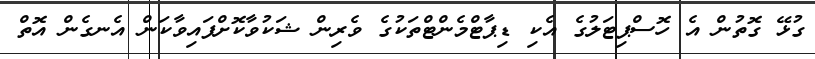
ގުޅޭ ގޮތުން އެ ހޮސްޕިޓަލުގެ އެކި ޑިޕާޓްމެންޓްތަކުގެ ވެރިން ޝަކުވާކޮށްފައިވާކަން އެނގެން އޮތް